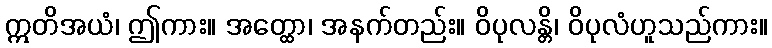
ဣတိအယံ၊ ဤကား။ အတ္ထော၊ အနက်တည်း။ ဝိပုလန္တိ၊ ဝိပုလံဟူသည်ကား။